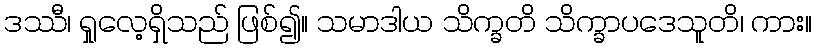
ဒဿီ၊ ရှုလေ့ရှိသည် ဖြစ်၍။ သမာဒါယ သိက္ခတိ သိက္ခာပဒေသူတိ၊ ကား။